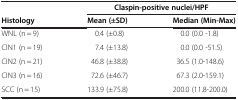
<table><thead><tr><td rowspan="2"><b>Histology</b></td><td colspan="2"><b>Claspin-positive nuclei/HPF</b></td></tr><tr><td><b>Mean (±SD)</b></td><td><b>Median (Min-Max)</b></td></tr></thead><tbody><tr><td>WNL (n = 9)</td><td>0.4 (±0.8)</td><td>0.0 (0.0 -1.8)</td></tr><tr><td>CIN1 (n = 19)</td><td>7.4 (±13.8)</td><td>0.0 (0.0 -51.5)</td></tr><tr><td>CIN2 (n = 21)</td><td>46.8 (±38.8)</td><td>36.5 (1.0-148.6)</td></tr><tr><td>CIN3 (n = 16)</td><td>72.6 (±46.7)</td><td>67.3 (2.0-159.1)</td></tr><tr><td>SCC (n = 15)</td><td>133.9 (±75.8)</td><td>200.0 (11.8-200.0)</td></tr></tbody></table>